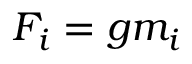
F _ { i } = g m _ { i }